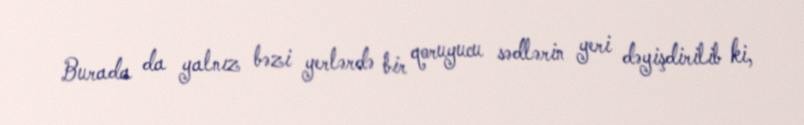
Burada da yalnız bəzi yerlərdə bir qoruyucu sədlərin yeri dəyişdirilib ki,